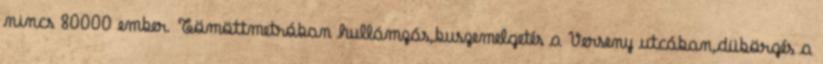
nincs 80000 ember. Tömöttmetróban hullámzás,buszemelgetés a Verseny utcában,dübörgés a